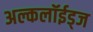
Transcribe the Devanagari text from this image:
अल्कलॉईड्‌ज